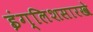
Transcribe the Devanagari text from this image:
इंग्लिशसारखे